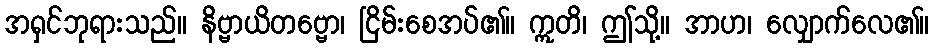
အရှင်ဘုရားသည်။ နိဗ္ဗာယိတဗ္ဗော၊ ငြိမ်းစေအပ်၏။ ဣတိ၊ ဤသို့။ အာဟ၊ လျှောက်လေ၏။